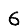
Digit: 6